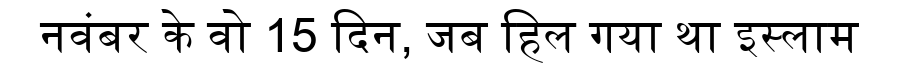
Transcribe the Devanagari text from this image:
नवंबर के वो 15 दिन, जब हिल गया था इस्लाम